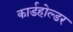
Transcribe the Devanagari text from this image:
कार्डहोल्डर